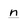
Character: n